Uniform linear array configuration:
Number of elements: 8
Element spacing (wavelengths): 0.75
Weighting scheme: hamming
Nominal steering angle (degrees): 15
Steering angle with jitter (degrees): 13.086
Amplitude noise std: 0.05
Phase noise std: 0.05

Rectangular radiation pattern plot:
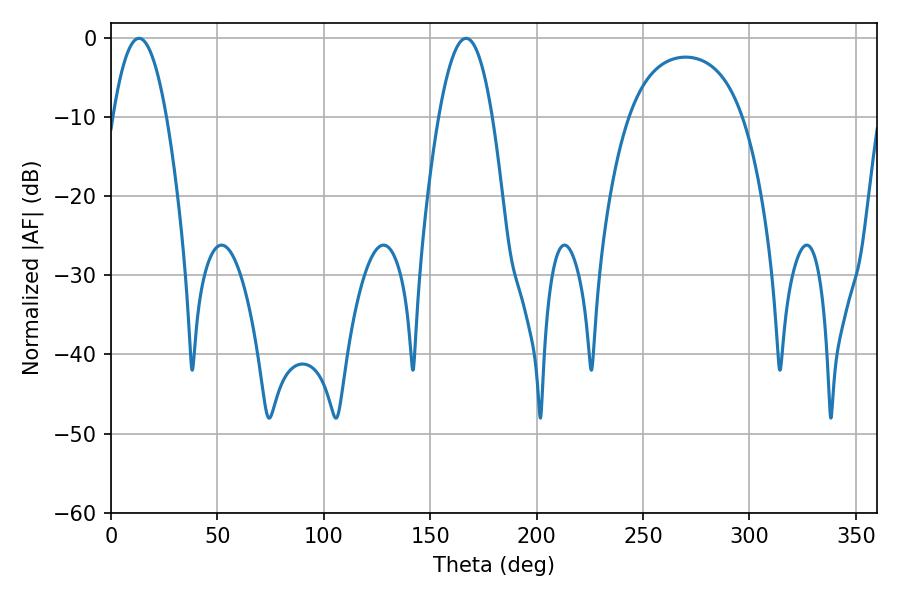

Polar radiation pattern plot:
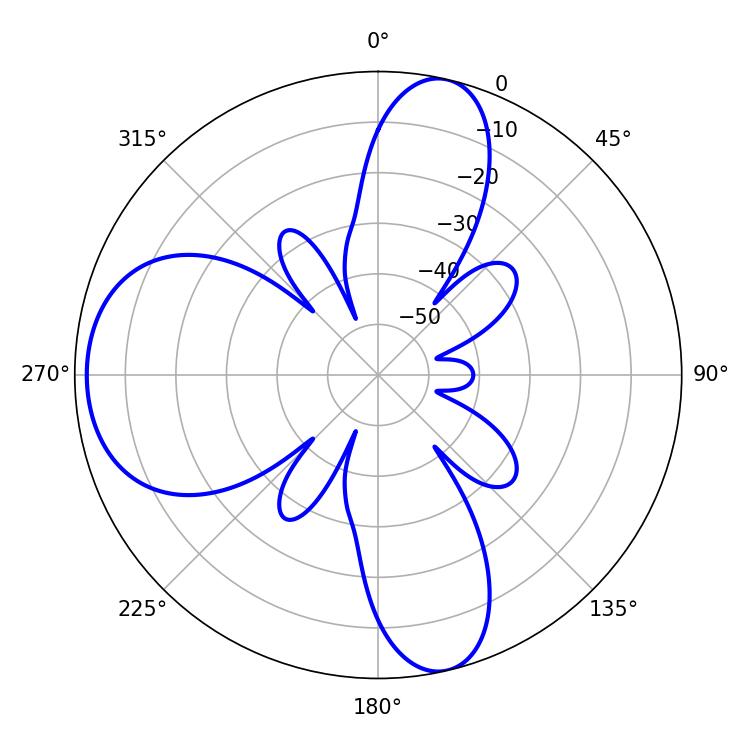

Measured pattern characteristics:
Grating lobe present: TRUE
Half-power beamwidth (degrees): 13.86
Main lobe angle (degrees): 13.14